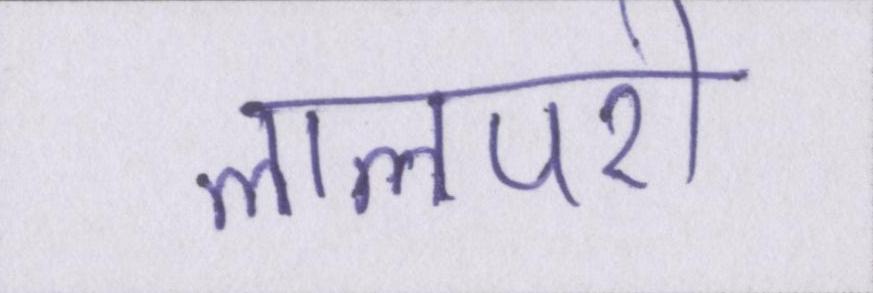
लालपरी